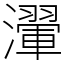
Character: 瀈